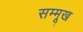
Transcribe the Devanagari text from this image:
सम्मूख